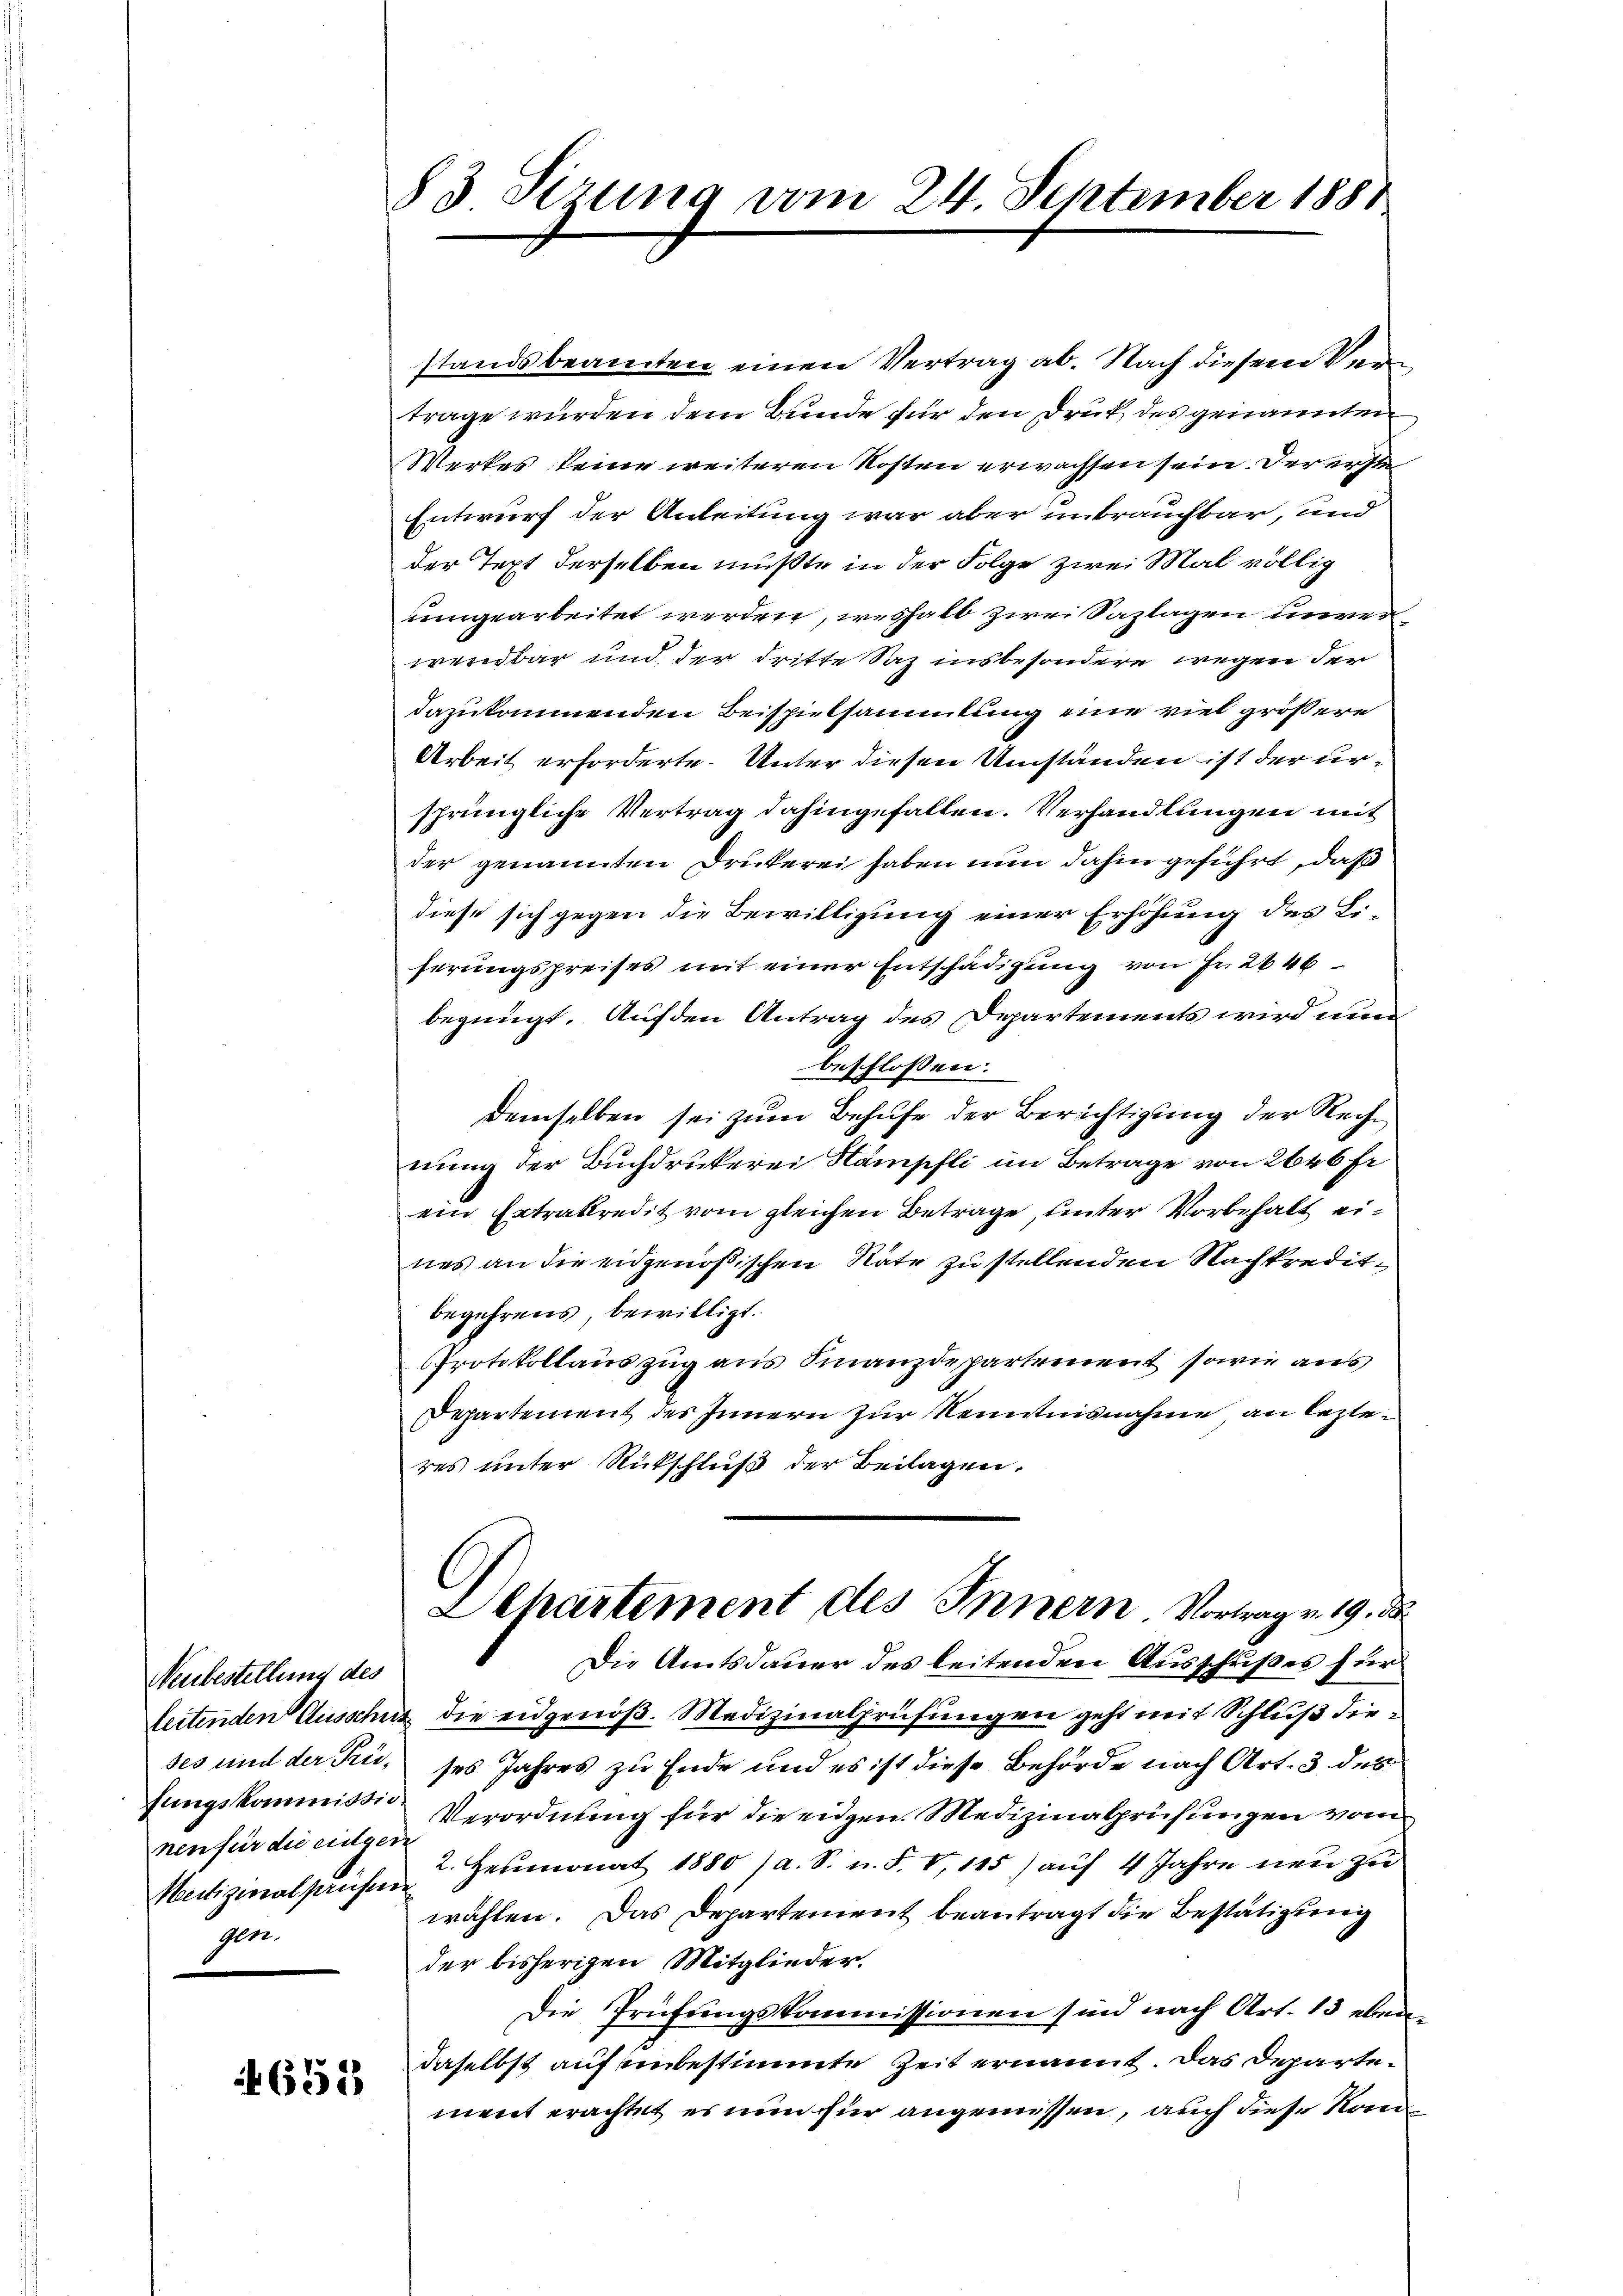
Neubestellung des
nen für die eidgen
gen.

652

83 Sirung vom 24. September 1888

standsbeamten einen Vertrag ab. Nach diesem Vertrage wurden dem Bunde für den Druk des genannten
Werkes keine weiteren Kosten erwachsen sein. Der erste
Entwurf der Anleitung war aber unbrauchbar, und
der Text derselben mußte in der Folge zwei Mal völlig
umgearbeitet werden, weshalb zwei Sazlagen unverwendbar und der dritte Saz insbesondere wegen der
dazukommenden Beispielsammlung eine viel größere
Arbeit erforderte. Unter diesen Umständen ist der ursprüngliche Vertrag dahingefallen. Verhandlungen mit
der genannten Drukerei haben nun dahin geführt, daß
diese sich gegen die Bewilligung einer Erhöhung des Liserungspreises mit einer Entschädigung von Fr. 246
begnügt. Auf den Antrag des Departements wird nun
beschlossen:
demselben sei zum Behufe der Berichtigung der Rechnung der Buchdrukerei Hämpfli im Betrage von 2646 fr
ein Ertrakredit vom gleichen Betrage, unter Vorbehalt eines an die eidgenößischen Nate zu stellenden Nachkredit
begehrens, bewilligt.
Protokollauszug aus Finanzdepartement sowie aus
Departement des Innern zur Kenntnisnahme an lezteres unter Rückschluß der Beilagen.
Departement des Innern. Vortrag v. 19. d
Die Amtsdauer des leitenden Ausschußes für
leitenden Ausschutz die eidgenöß. Medizinalprüfungen geht mit Schluß dieses und der Pris, ses Jahres zu Ende und es ist diese Behörde nach Art. 3 des
fungskommissio Verordnung für die eidgen. Medizinalprüfungen vom
Martizinalprüfte? Heumonat 1880 / a. S. n. F. V, 115) aŭf 4 Jahre neu zu
wählen. Das Departement beantragt die Bestätigung
der bisherigen Mitglieder.
Die Prüfungskommissionen sind nach Art. 13 ebendaselbst auf einbestimmte Zeit ernannt. Das Departement erachtet es nun für angemissen, auch diese Kon